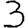
Digit: 3